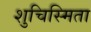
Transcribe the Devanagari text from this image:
शुचिस्मिता